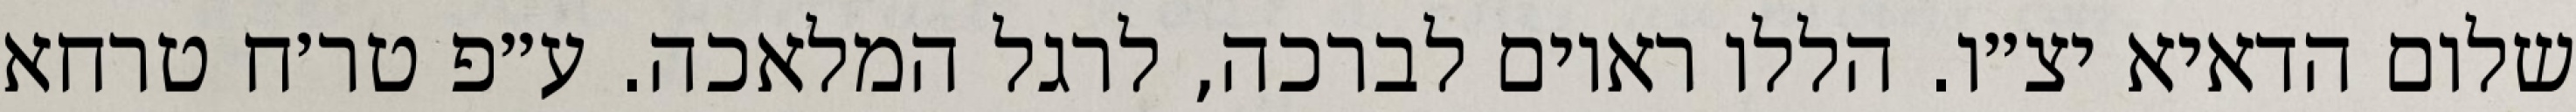
שלום הדאיא יצ״ו. הללו ראוים לברכה, לרגל המלאכה. ע״פ טר׳ח טרחא